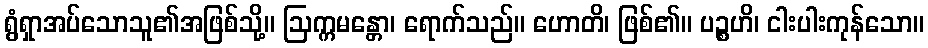
ရွံရှာအပ်သောသူ၏အဖြစ်သို့။ ဩက္ကမန္တော၊ ရောက်သည်။ ဟောတိ၊ ဖြစ်၏။ ပဉ္စဟိ၊ ငါးပါးကုန်သော။